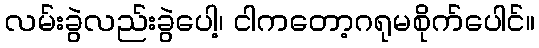
လမ်းခွဲလည်းခွဲပေါ့၊ ငါကတော့ဂရုမစိုက်ပေါင်။